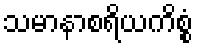
သမာနာစရိယကိစ္စံ